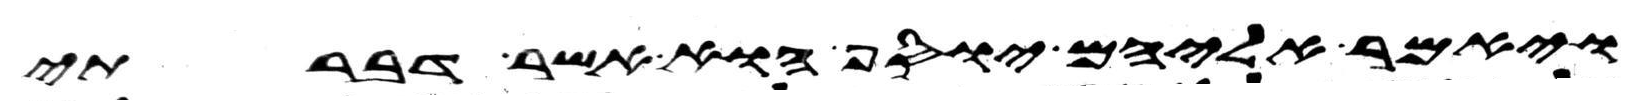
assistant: ויאמר אליהם יוסף הוא אשר דברתי